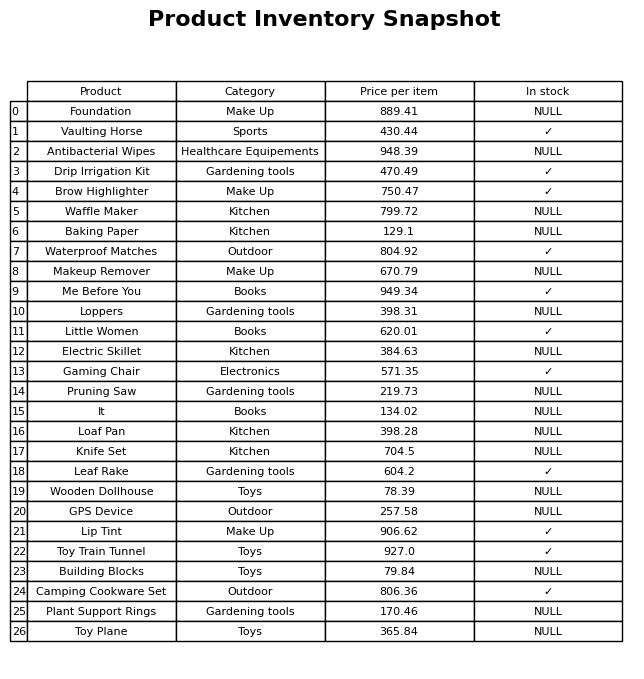
question: Which products are currently out of stock?
answer: Foundation, Antibacterial Wipes, Waffle Maker, Baking Paper, Makeup Remover, Loppers, Electric Skillet, Pruning Saw, It, Loaf Pan, Knife Set, Wooden Dollhouse, GPS Device, Building Blocks, Plant Support Rings, Toy Plane